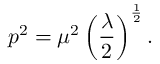
p ^ { 2 } = \mu ^ { 2 } \left( { \frac { \lambda } { 2 } } \right) ^ { \frac { 1 } { 2 } } .